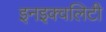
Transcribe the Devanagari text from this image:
इनइक्वलिटी